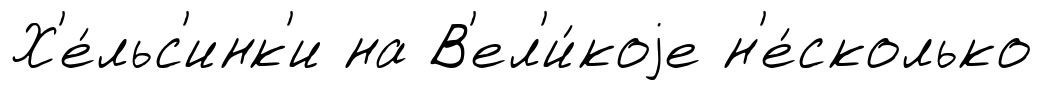
Х'е́льс'инк'и на В'ел'и́коjе н'е́сколько